Report on sanitation, dispensaries, and jails in Rajputana for 1920, and on vaccination for the year 1920-1921 - 1920-1921
Year: 1920
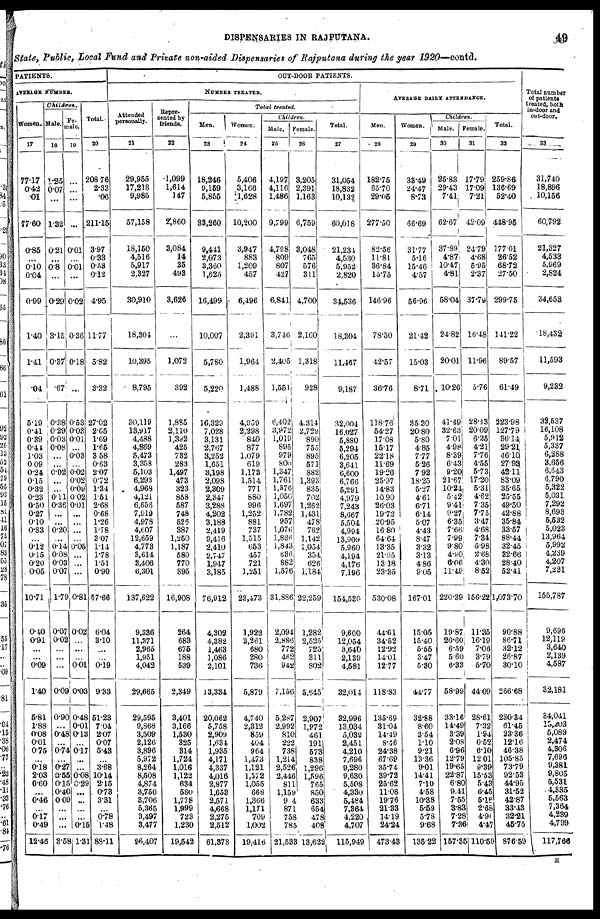
49
DISPENSARIES IN RAJPUTANA.
State, Public, Local Fund and Private non-aided Dispensaries of Rajputana during the year 1920—contd.
PATIENTS.
AVERAGE NUMBER.
Women.
17
77.17
0.42
.01
77.60
0.85
...
0.10
0.04
0.99
1.40
1.41
.04
5.19
0.41
0.39
0.41.
1.03
0.09
0.24
0.15
0.32
0.23
0.50
0.27
0.10
0.83
...
0.12 0.15
020
0.05
10.71
0.40
0.91
...
...
0.09
140
5.81
1.88
0.08
0.01
075
...
0.18
2.03
0.60
...
0.46
...
017
0.49
12.46
Children.
Male
18
1.25
0.07
...
1.32
0.21
...
0.8
...
0.29
3.15
0.37
.67
0.38
0.29
0.03
0.08
...
...
0.02
...
...
0.11
0.36
...
...
0.20
...
0.14
0.08
0.03
0.07
1.79
0.07
0.02
...
...
...
0.09
0.90
...
0.48
...
0.74
...
0.27
0.55
0.15
0.40
0.09
...
...
...
3.58
Fe¬
male.
18
2
...
...
...
0.01
...
0.01
...
0.02
0.36
0.18
...
0.53
0.03
0.01
...
0.03
...
0. 02
0.02
0.09
0.02
0.01
...
...
...
...
0.05
...
...
...
0.81
0.02
...
...
...
0.01
0.03
0.48
0.01
0.13
...
0. 17
...
...
0.08
0.29
...
...
...
...
0.15
1.31
Total.
20
208.76
2.33
.06
211.15
3.97
0.33
0.53
0.12
4.95
11.77
5.82
3.32
27.02
2.65
1.69
1.64
3.58
0.63
2.07
0.72
1.34
1.51
2.68
0.68
1.26
1.78
3.07
1.14
1.78
1.61
0.90
57.66
6.04
3.10
...
...
0.19
933
51.23
7.04
2.07
0.07
5.43
...
3.68
10.14
2.15
0.73
3.31
...
0.78
1.48
88.11
OUT-DOOR PATIENTS.
NUMBER TREATED.
Attended
personally.
21
29,955
17,218
9,985
57,158
18,150
4,516
5,917
2,327
30,910
18,304
10,395
8,795
30,119
13,917
4,488
4,869
5,473
3,358
5,103
6,293
4,968
4,121
6,656
7,919
4,978
4,607
12,659
4,773
3,614
3,406
6,301
137,622
9,336
11,371
2,965
1,951
4,042
29,665
29,595
9,868
3,509
2,126
3,896
5,972
8,264
8,508
4,874
3,750
3,706
5,365
3,497
3,477
96,407
Repre-
sented by
friends.
22
1,099
1,614
147
2,860
3,084
14
35
493
3,626
...
1,072
392
1,885
2,110
1,392
425
732
283
1,497
473
323
858
587
748
526
387
1,250
1,187
580
770
895
16,908
264
683
675
188
539
2,349
3,401
3,166
1,530
325
314
1,724
1,016
1,122
634
580
1,778
1,999
723
1,230
19,542
Total treated.
Men.
23
18,246
9,159
5,855
33,260
9,441
2,073
3,360
l,625
16,499
10,007
5,780
5,220
16,329
7,028
3,131
2,767
3,252
1,651
3,198
2,098
2,309
2,347
3,288
4,202
3,188
2,419
9,416
2,410
2,747
1,947
3,185
76,912
4,302
4,382
1,463
1,986
2,101
13,334
20,062
5,758
2,909
1,634
1,935
4,171
4,337
4,016
2,877
1,653
2,571
4,668
2,275
2,512
61,378
Women.
24
5,406
3,166
1,628
10,200
3,947
883
1,209
457
6,496
2,391
1,964
1,488
4,959
2,298
840
877
1,079
619
1,173
1,514
771
880
996
1,252
881
737
1,515
653
457
721
1,251
23,473
1,922
2,261
680
280
736
5,879
4,740
2,312
859
404
964
1,473
1,121
1,572
1,055
668
1,366
1,171
709
1,002
19,416
Children.
Male.
25
4,197
4,116
1,486
9,799
4,798
809
807
427
6,841
3,746
2,405
1,551
6,402
3,972
1,019
895
979
800
1,347
1,761
1,376
1,050
1,697
1,782
957
l,076
1,836
1,843
686
882
1,576
31,886
2,094
2,886
772
462
942
7,156
5,287
2,992
810
222
738
1,214
2,526
2,446
811
1,159
914
871
758
785
21,533
Female.
26
3,205
2,391
1,163
6,759
3,048
765
576
311
4,700
2,160
1,318
928
4.314
2,729
890
755
895
571
882
1,393
835
702
1,262
1,431
478
762
1,142
1,054
354
626
1,184
22,259
1,282,
2,525
725
311
802
5,645
2,907
1,972
461
191
573
838
1,296
1,696
765
850
633
654
478
408
13,622
Total.
27
31,054
18,832
10,132
60,018
21,234
4,530
5,952
2,820
34,536
18,304
11,467
9,187
32,004
16,027
5,880
5,294
6,205
3,641
6,600
6,766
5,291
4,979
7,243
8,667
5,504
4,994
13,909
5,960
4,194
4,176
7,196
154,530
9,600
12,054
3,640
2,139
4,581
32,014
32,996
13,034
5,039
2,451
4,210
7,696
9,280
9,630
5,508
4,330
5,484
7,364
4,220
4,707
115,949
AVERAGE DAILY ATTENDANCE.
Men.
28
182.75
65.70
29.05
277.50
82.56
11.81
36.84
15.75
146.96
78.50
42.57
36.76
118.76
54.27
17.08
15.17
2218
11.69
19.26
25.97
14.83
10.90
26.03
19.72
20.95
16.80
64.64
13.35
21.95
1318
23.35
530.08
44.61
34.52
12.92
14.01
12.77
118.83
135.69
31.04
14.49
8.46
24.38
67.69
35.74
39.72
25.62
11.08
19.76
21.33
14.19
24.24
473.43
Women.
29
33.49
24.47
8.73
66.69
31.77
5.16
15.46
4.57
56.96
21.42
15.03
8.71
35.30
20.80
5.80
485
7.77
5.26
792
18.25
5.27
4.61
6.71
6.14
507
4.43
8.47
3.32
3.13
4.86
9.05
167.01
15.05
15.40
5.55
3.47
5.30
44.77
32.88
8.60
354
1.10
9.21
13.36
9.01
14.41
7.10
4.58
10.38
5.59
5.78
9.68
135.22
Children.
Male.
30
25.83
29.43
7.41
62.67
37.89
4.87
10.47
4.81
58.04
24.82
20.01
10.26
41.49
32.63
7.01
498
839
643
9.20
21.67
10.24
5.42
9.41
9.27
6.35
7.66
7.99
9.80
4.90
6.06
11.49
220.39
19.87
20.60
6.59
5.60
6.33
58.99
33.16
14.49
3.39
2.08
6.96
12.79
19.65
22.87
6.80
9.41
7.55
3.83
7.28
7.36
157.35
Female.
31
17.79
17.09
7.21
42.09
24.79
4.68
5.95
2.37
37.79
16.48
11.96
5.76
28.48
20.09
6.25
4.21
7.76
4.55
5.73
17.20
5.31
4.62
7.35
7.75
3.47
4.68
7.34
5.98
2.68
4.30
8.52
156.22
11.35
16.19
7.06
3.79
5.70
44.09
28.61
7.32
1.94
0.52
6.10
12.01
9.39
15.53
5.43
6.45
5.18
2.68
4.96
4.47
110.59
Total.
32
259.86
136.69
52.40
448.95
177.01
26.52
68.72
27.50
299.75
141.22
89.57
61.49
223.98
127.79
36.14
29.21
46.10
27.93
42.11
83.09
35.65
25.55
49.50
42.88
35.84
33.57
88.44
32.45
32.66
28.40
52.41
1,073.70
90.88
86.71
32.12
26.87
30.10
266.68
230.34
61.45
23.36
12.16
46.38
105.85
73.79
92.53
44.95
31.52
42.87
33.43
32.21
46.75
876.59
Total number
of patients
treated, both
in-door and
out-door.
33
31,740
18,896
10,166
60,792
21,327
4,533
5,969
2,824
34,653
18,432
11,593
9,232
32,537
16,108
5,912
5,337
6,288
3,656
6,643
6,790
5,322
5,031
7,292
8,693
5,532
5,023
13,964
5,992
4,239
4,207
7,221
155,787
9,696
12,119
3,640
2,139
4,587
32,181
34,041
13,203
5,089
2,474
4,306
7,696
9,381
9,805
5,531
4,335
5,563
7,364
4,239
4,739
117,766
H